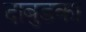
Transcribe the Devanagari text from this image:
दाबुडका